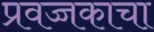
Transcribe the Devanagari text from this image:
प्रवज्जकाचा